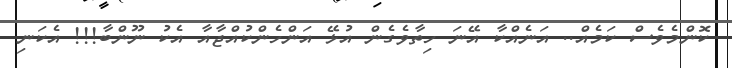
ކޮންމެވެސް ކަމެއް.. އަނެއްކާ އޭނަ ހިތާވެގެން އުޅޭ އަންހެންކުއްޖާއާ އެކު ނޫންބާ!!! އެކަނި